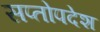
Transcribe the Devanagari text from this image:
सप्तोपदेश